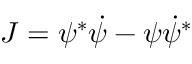
J = \psi ^ { * } \dot { \psi } - \psi \dot { \psi } ^ { * }